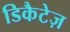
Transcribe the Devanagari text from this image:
डिकैटेज़